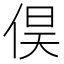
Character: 𮯽